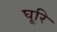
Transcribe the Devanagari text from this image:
घूरि